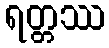
ရတ္တဿ